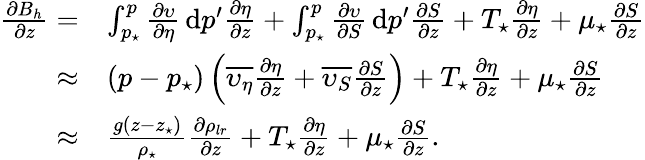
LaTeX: \begin{array}{rl}{\frac{\partial B_{h}}{\partial z}=}&{\int_{p_{\star}}^{p}\frac{\partial\upsilon}{\partial\eta}\, \mathrm{d}p^{\prime}\frac{\partial\eta}{\partial z}+\int_{p_{\star}}^{p}\frac{\partial\upsilon}{\partial S}\, \mathrm{d}p^{\prime}\frac{\partial S}{\partial z}+T_{\star}\frac{\partial\eta}{\partial z}+\mu_{\star}\frac{\partial S}{\partial z}}\\ {\approx}&{(p-p_{\star})\left(\overline{{\upsilon_{\eta}}}\frac{\partial\eta}{\partial z}+\overline{{\upsilon_{S}}}\frac{\partial S}{\partial z}\right)+T_{\star}\frac{\partial\eta}{\partial z}+\mu_{\star}\frac{\partial S}{\partial z}}\\ {\approx}&{\frac{g(z-z_{\star})}{\rho_{\star}}\frac{\partial\rho_{lr}}{\partial z}+T_{\star}\frac{\partial\eta}{\partial z}+\mu_{\star}\frac{\partial S}{\partial z}.}\end{array}